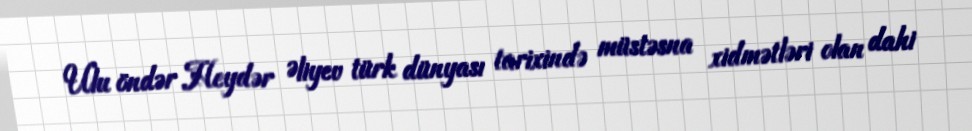
Ulu öndər Heydər Əliyev türk dünyası tarixində müstəsna xidmətləri olan dahi